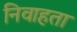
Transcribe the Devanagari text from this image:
निवाहता